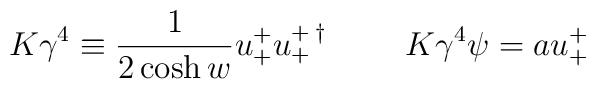
K \gamma^{4} \equiv \frac{1}{2 \cosh{w}} u_{+}^{+} u_{+}^{+ \: \dagger}  \hspace{1cm} K \gamma^{4} \psi = a  u_{+}^{+}